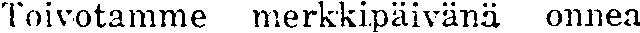
Toivotamme merkkipäivänä onnea